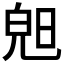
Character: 𣇙